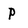
Character: P